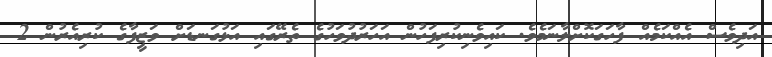
އަދިވެސް އެއްކަމެއް ފާހަގަކޮށްލާނަމެވެ. ކައިވެނިކުރިފަހުން އަހަރުދުވަހުގެ ތެރޭގައި އަޅުގަނޑަށް ވަޒީފާގެ ކުރިއެރުން 2